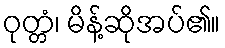
ဝုတ္တံ၊ မိန့်ဆိုအပ်၏။